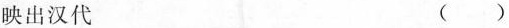
映出汉代 ( )